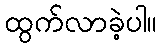
ထွက်လာခဲ့ပါ။